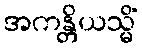
အကန္တိယသ္မိံ